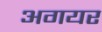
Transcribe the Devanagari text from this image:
अगयर